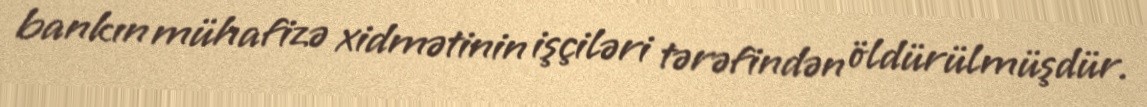
bankın mühafizə xidmətinin işçiləri tərəfindən öldürülmüşdür.